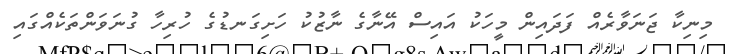
މިނިކާ ޖަނަވާރެއް ފަދައިން މީހަކު އައިސް އޭނާގެ ނާޒުކު ހަށިގަނޑުގެ ހުރިހާ ގުނަވަންްތަކެއްގައި